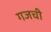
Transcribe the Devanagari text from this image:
गजची